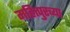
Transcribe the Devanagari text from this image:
महित्पुरच्या